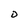
Character: D